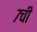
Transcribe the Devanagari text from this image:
७ची